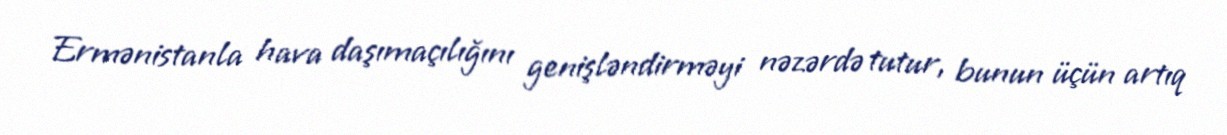
Ermənistanla hava daşımaçılığını genişləndirməyi nəzərdə tutur, bunun üçün artıq